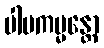
ပါပကမ္မန္တော